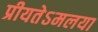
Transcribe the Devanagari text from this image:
प्रीयतेऽमलया